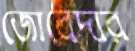
জোবেদার